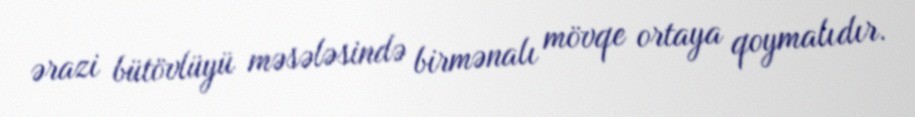
ərazi bütövlüyü məsələsində birmənalı mövqe ortaya qoymalıdır.